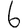
Digit: 6